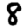
Digit: 8